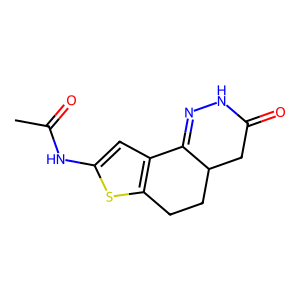
SMILES: CC(=O)Nc1cc2c(s1)CCC1CC(=O)NN=C21
Inhibits HIV replication: No